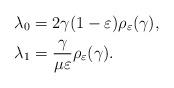
LaTeX: \begin{align*}& \lambda_{0}=2\gamma(1-\varepsilon)\rho_{\varepsilon}(\gamma),\\& \lambda_1=\frac{\gamma}{\mu\varepsilon}\rho_{\varepsilon}(\gamma).\end{align*}